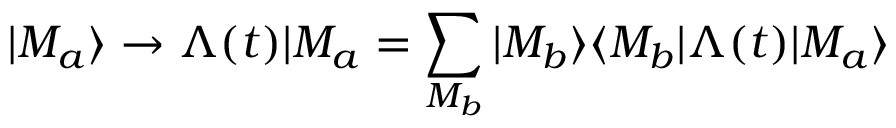
| M _ { a } \rangle \rightarrow \Lambda ( t ) | M _ { a } = \sum _ { M _ { b } } | M _ { b } \rangle \langle M _ { b } | \Lambda ( t ) | M _ { a } \rangle